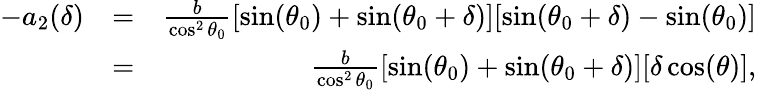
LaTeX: \begin{array}{rlr}{-a_{2}(\delta)}&{=}&{\frac{b}{\cos^{2}\theta_{0}}[\sin(\theta_{0})+\sin(\theta_{0}+\delta)][\sin(\theta_{0}+\delta)-\sin(\theta_{0})]}\\ &{=}&{\frac{b}{\cos^{2}\theta_{0}}[\sin(\theta_{0})+\sin(\theta_{0}+\delta)][\delta\cos(\theta)],}\end{array}